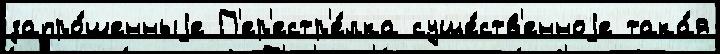
запро́шенныjе П'ер'естр'е́лка суще́ств'енноjе така́я